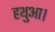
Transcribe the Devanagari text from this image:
हथुआ।